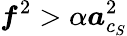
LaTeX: \boldsymbol{f}^{2}>\alpha\boldsymbol{a}_{c_{S}}^{2}